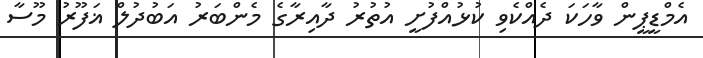
އެމްޑީޕީން ވާހަކަ ދެއްކެވި ކުޅުއްފުށީ އުތުރު ދާއިރާގެ މެންބަރު އަބުދުލް ޣަފޫރު މޫސާ